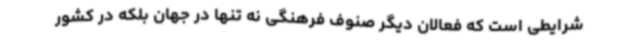
شرایطی‌ است که فعالان دیگر صنوف فرهنگی نه تنها در جهان بلکه در کشور